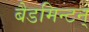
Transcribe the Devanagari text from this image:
बैडमिन्टन्